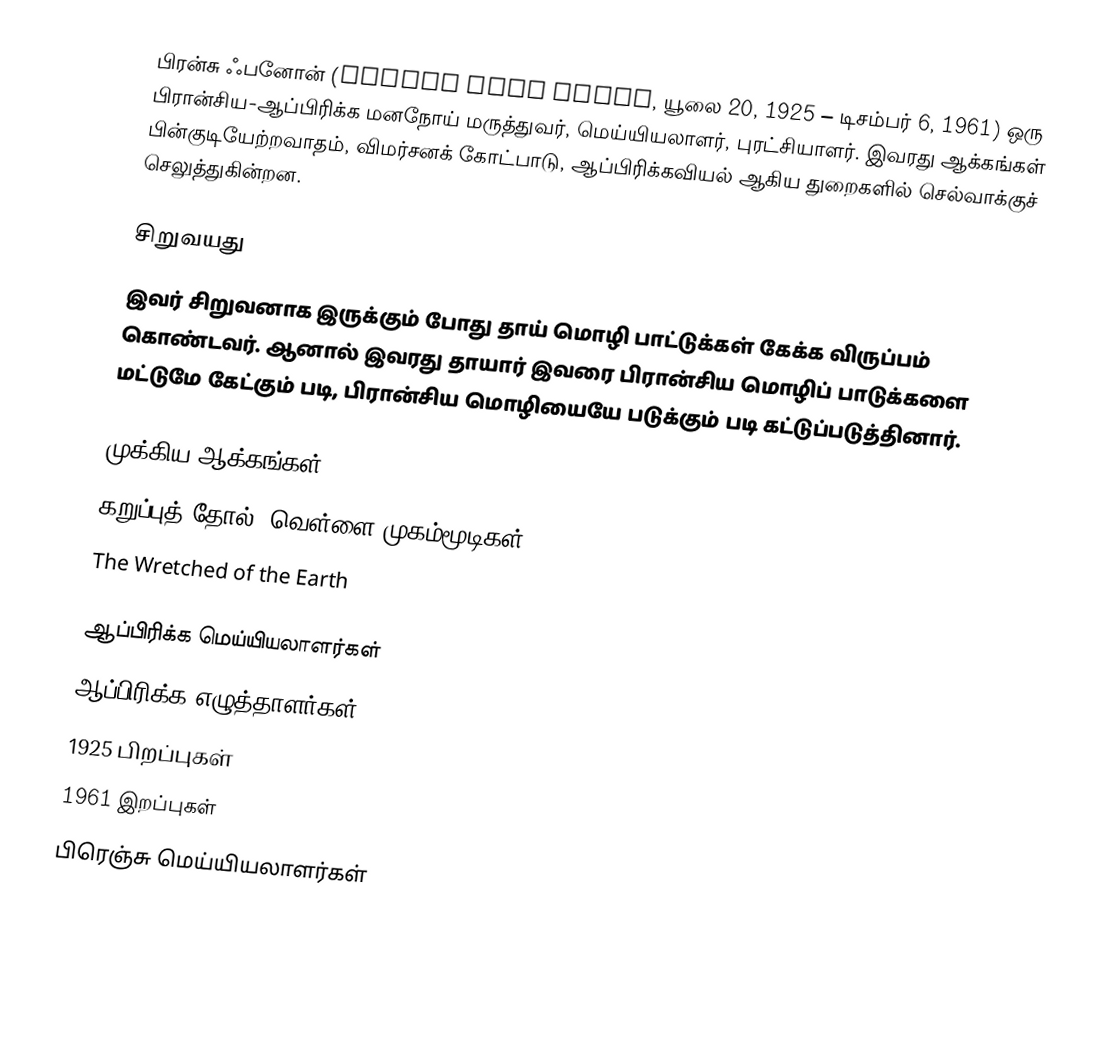
பிரன்சு ஃபனோன் (Frantz Omar Fanon, யூலை 20, 1925 – டிசம்பர் 6, 1961) ஒரு பிரான்சிய-ஆப்பிரிக்க மனநோய் மருத்துவர், மெய்யியலாளர், புரட்சியாளர்.  இவரது ஆக்கங்கள் பின்குடியேற்றவாதம், விமர்சனக் கோட்பாடு, ஆப்பிரிக்கவியல் ஆகிய துறைகளில் செல்வாக்குச் செலுத்துகின்றன.

சிறுவயது
இவர் சிறுவனாக இருக்கும் போது தாய் மொழி பாட்டுக்கள் கேக்க விருப்பம் கொண்டவர்.  ஆனால் இவரது தாயார் இவரை பிரான்சிய மொழிப் பாடுக்களை மட்டுமே கேட்கும் படி, பிரான்சிய மொழியையே படுக்கும் படி கட்டுப்படுத்தினார்.

முக்கிய ஆக்கங்கள்
 கறுப்புத் தோல், வெள்ளை முகம்மூடிகள்
 The Wretched of the Earth

ஆப்பிரிக்க மெய்யியலாளர்கள்
ஆப்பிரிக்க எழுத்தாளர்கள்
1925 பிறப்புகள்
1961 இறப்புகள்
பிரெஞ்சு மெய்யியலாளர்கள்